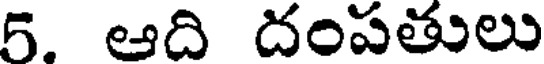
5. ఆది దంపతులు